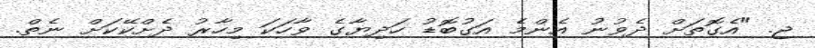
ޖ. "އެގޮތަށް ދެވުނު އެންމެ އަގުބޮޑު ހަދިޔާގެ ވާހަކަ މިހާރު ދެށްކޭކަށް ނެތް.